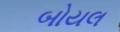
બોયલ